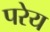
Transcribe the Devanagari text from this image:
परेय